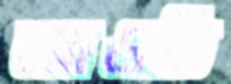
আওচি